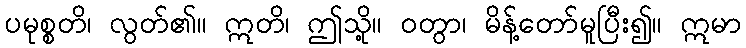
ပမုစ္စတိ၊ လွတ်၏။ ဣတိ၊ ဤသို့။ ဝတွာ၊ မိန့်တော်မူပြီး၍။ ဣမာ